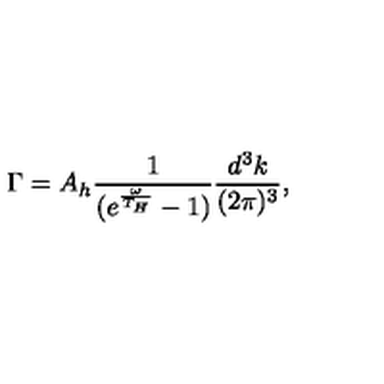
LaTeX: \Gamma = A _ { h } \frac { 1 } { ( e ^ { \frac { \omega } { T _ { H } } } - 1 ) } \frac { d ^ { 3 } k } { ( 2 \pi ) ^ { 3 } } ,